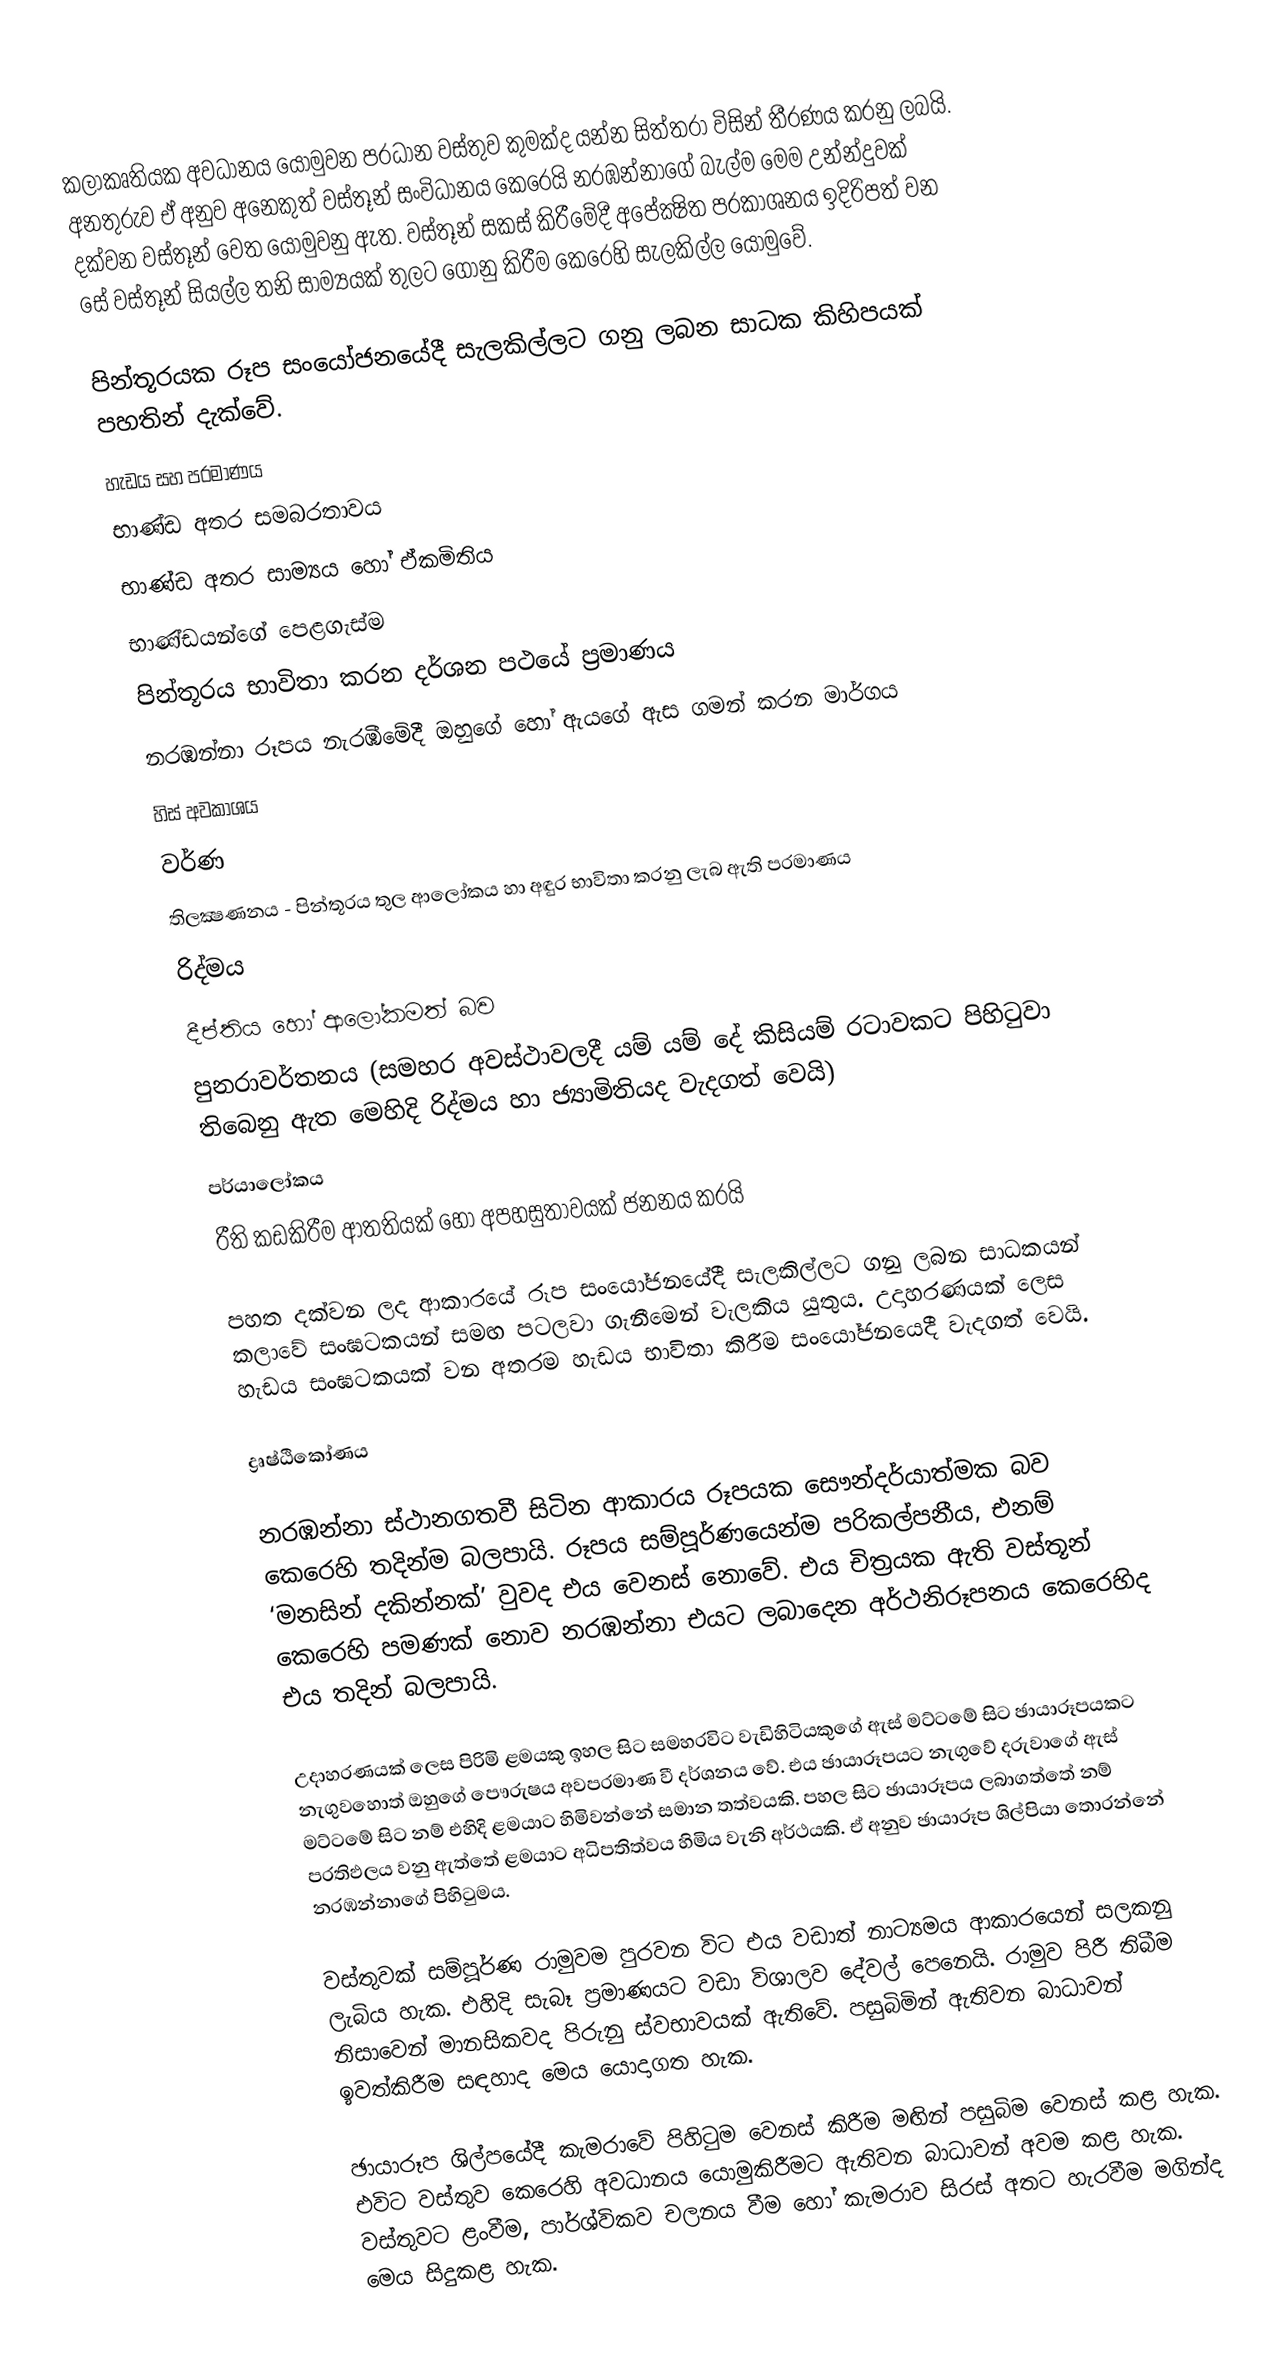
කලාකෘතියක අවධානය යොමුවන ප‍්‍රධාන වස්තුව කුමක්ද යන්න සිත්තරා විසින් තීරණය කරනු ලබයි. අනතුරුව ඒ අනුව අනෙකුත් වස්තූන් සංවිධානය කෙරෙයි නරඹන්නාගේ බැල්ම මෙම උන්න්දුවක් දක්වන වස්තූන් වෙත යොමුවනු ඇත. වස්තූන් සකස් කිරීමේදී අපේක්‍ෂිත ප‍්‍රකාශනය ඉදිරිපත් වන සේ වස්තූන් සියල්ල තනි සාම්‍යයක් තුලට ගොනු කිරීම කෙරෙහි සැලකිල්ල යොමුවේ.

පින්තූරයක රූප සංයෝජනයේදී සැලකිල්ලට ගනු ලබන සාධක කිහිපයක් පහතින් දැක්වේ.
හැඩය සහ ප‍්‍රමාණය
භාණ්ඩ අතර සමබරතාවය
භාණ්ඩ අතර සාම්‍යය හෝ ඒකමිතිය
භාණ්ඩයන්ගේ පෙළගැස්ම
පින්තූරය භාවිතා කරන දර්ශන පථයේ ප‍්‍රමාණය
නරඹන්නා රූපය නැරඹීමේදී ඔහුගේ හෝ ඇයගේ ඇස ගමන් කරන මාර්ගය
හිස් අවකාශය
වර්ණ
තිලක්‍ෂණනය -  පින්තූරය තුල ආලෝකය හා අඳුර භාවිතා කරනු ලැබ ඇති ප‍්‍රමාණය
රිද්මය
දීප්තිය හෝ ආලෝකමත් බව
පුනරාවර්තනය (සමහර අවස්ථාවලදී යම් යම් දේ කිසියම් රටාවකට පිහිටුවා තිබෙනු ඇත මෙහිදි රිද්මය හා ජ්‍යාමිතියද වැදගත් වෙයි)
පර්යාලෝකය
රීති කඩකිරීම ආතතියක් හෝ අපහසුතාවයක් ජනනය කරයි

පහත දක්වන ලද ආකාරයේ රූප සංයෝජනයේදී සැලකිල්ලට ගනු ලබන සාධකයන් කලාවේ සංඝටකයන් සමඟ පටලවා ගැනීමෙන් වැලකිය යුතුය. උදාහරණයක් ලෙස හැඩය සංඝටකයක් වන අතරම හැඩය භාවිතා කිරීම සංයෝජනයෙදී වැදගත් වෙයි.

ද්‍රෘෂ්ඨිකෝණය

නරඹන්නා ස්ථානගතවී සිටින ආකාරය රූපයක සෞන්දර්යාත්මක බව කෙරෙහි තදින්ම බලපායි. රූපය සම්පූර්ණයෙන්ම පරිකල්පනීය, එනම් ‘මනසින් දකින්නක්’ වුවද එය වෙනස් නොවේ. එය චිත‍්‍රයක ඇති වස්තූන් කෙරෙහි පමණක් නොව නරඹන්නා එයට ලබාදෙන අර්ථනිරූපනය කෙරෙහිද එය තදින් බලපායි.

උදාහරණයක් ලෙස පිරිමි ළමයකු ඉහල සිට සමහරවිට වැඩිහිටියකුගේ ඇස් මට්ටමේ සිට ඡායාරූපයකට නැගුවහොත් ඔහුගේ පෞරුෂය අවප‍්‍රමාණ වී දර්ශනය වේ. එය ඡායාරූපයට නැගුවේ දරුවාගේ ඇස් මට්ටමේ සිට නම් එහිදි ළමයාට හිමිවන්නේ සමාන තත්වයකි. පහල සිට ඡායාරූපය ලබාගත්තේ නම් ප‍්‍රතිඵලය වනු ඇත්තේ ළමයාට අධිපතිත්වය හිමිය වැනි අර්ථයකි. ඒ අනුව ඡායාරූප ශිල්පියා තොරන්නේ නරඹන්නාගේ පිහිටුමය.

වස්තුවක් සම්පූර්ණ රාමුවම පුරවන විට එය වඩාත් නාට්‍යමය ආකාරයෙන් සලකනු ලැබිය හැක. එහිදි සැබෑ ප‍්‍රමාණයට වඩා විශාලව දේවල් පෙනෙයි. රාමුව පිරී තිබීම නිසාවෙන් මානසිකවද පිරුනු ස්වභාවයක් ඇතිවේ. පසුබිමින් ඇතිවන බාධාවන් ඉවත්කිරීම සඳහාද මෙය යොදාගත හැක.

ඡායාරූප ශිල්පයේදී කැමරාවේ පිහිටුම වෙනස් කිරීම මඟින් පසුබිම වෙනස් කළ හැක. එවිට වස්තුව කෙරෙහි අවධානය යොමුකිරීමට ඇතිවන බාධාවන් අවම කළ හැක. වස්තුවට ළංවීම, පාර්ශ්විකව චලනය වීම හෝ කැමරාව සිරස් අතට හැරවීම මගින්ද මෙය සිදුකළ හැක.